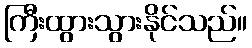
ကြီးထွားသွားနိုင်သည်။